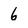
Character: 6